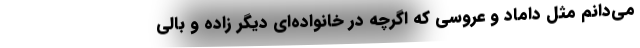
می‌دانم مثل داماد و عروسی که اگرچه در خانواده‌ای دیگر زاده و بالی